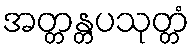
အတ္တန္တပသုတ္တံ